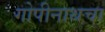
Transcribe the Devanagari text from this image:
गोपीनाथचा